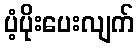
ပံ့ပိုးပေးလျက်